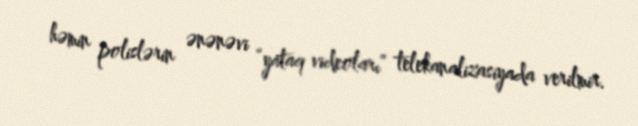
həmin polislərin ənənəvi “yataq videoları” telekanalizasiyada verilmir.